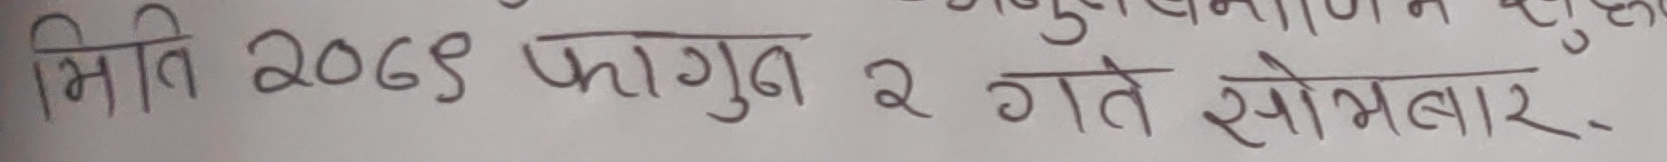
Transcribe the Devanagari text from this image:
मिति २०२९ फागुन २ गते सोमबार